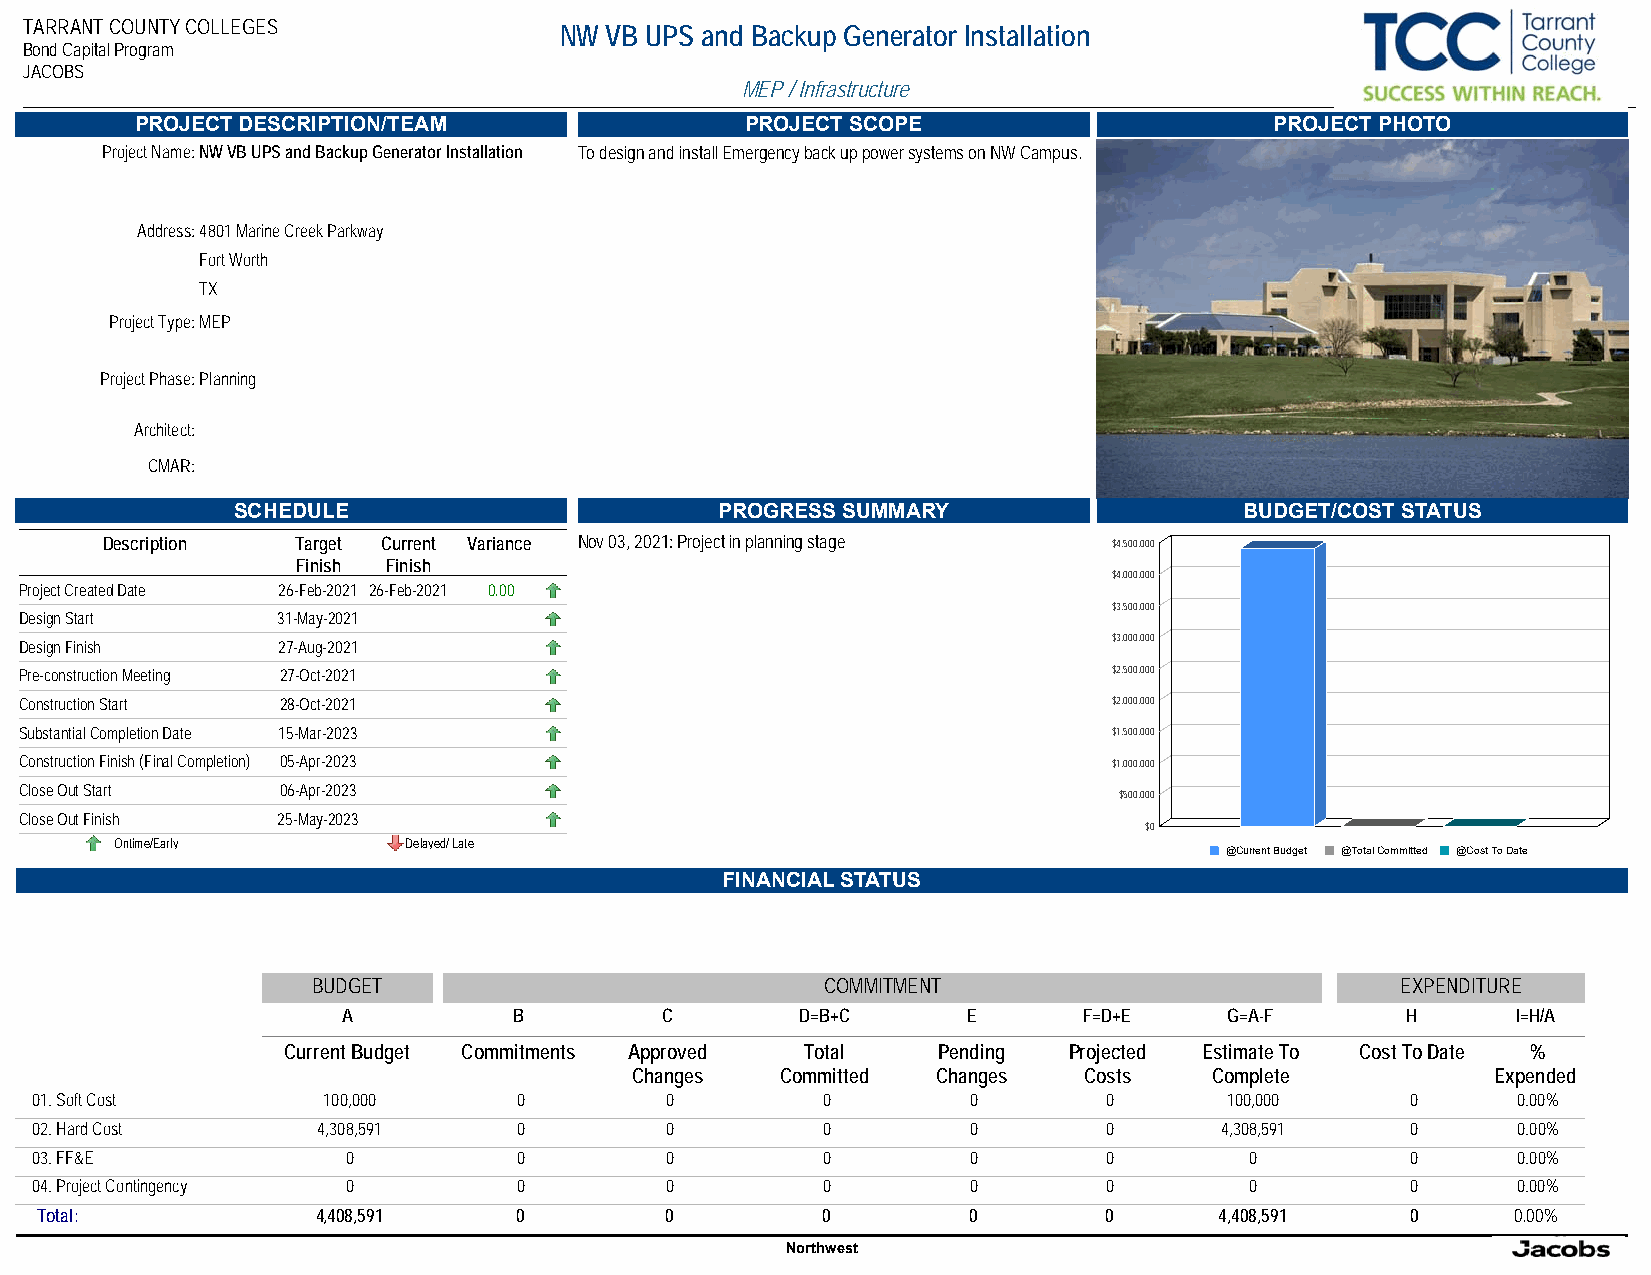
TARRANT COUNTY COLLEGES            NW VB UPS and Backup Generator Installation
 Bond Capital Program
 JACOBS
 MEP / Infrastructure
 PROJECT DESCRIPTION/TEAM                PROJECT SCOPE                      PROJECT PHOTO
 Project Name:NW VB UPS and Backup Generator Installation To design and install Emergency back up power systems on NW Campus.
 Address:4801 Marine Creek Parkway
 Fort Worth
 TX
 Project Type:MEP
 Project Phase:Planning
 Architect:
 CMAR:
 SCHEDULE                        PROGRESS SUMMARY                   BUDGET/COST STATUS
 Description  Target Current Variance Nov 03, 2021: Project in planning stage $4,500,000
 Finish Finish
 $4,000,000
 Project Created Date 26-Feb-2021 26-Feb-2021 0.00
 $3,500,000
 Design Start     31-May-2021
 $3,000,000
 Design Finish    27-Aug-2021
 Pre-construction Meeting 27-Oct-2021                                     $2,500,000
 Construction Start 28-Oct-2021                                           $2,000,000
 Substantial Completion Date 15-Mar-2023                                  $1,500,000
 Construction Finish (Final Completion) 05-Apr-2023                       $1,000,000
 Close Out Start   06-Apr-2023
 $500,000
 Close Out Finish 25-May-2023
 $0
 Ontime/Early       Delayed/ Late
 @Current Budget @Total Committed @Cost To Date
 FINANCIAL STATUS
 BUDGET                           COMMITMENT                             EXPENDITURE
 A          B         C        D=B+C      E       F=D+E    G=A-F       H      I=H/A
 Current Budget Commitments Approved Total  Pending  Projected Estimate To Cost To Date %
 Changes   Committed Changes   Costs   Complete           Expended
 01. Soft Cost      100,000      0         0         0         0        0       100,000     0      0.00%
 02. Hard Cost      4,308,591    0         0         0         0        0       4,308,591   0      0.00%
 03. FF&E             0          0         0         0         0        0         0         0      0.00%
 04. Project Contingency 0       0         0         0         0        0         0         0      0.00%
 Total:             4,408,591    0         0         0         0        0       4,408,591   0      0.00%
 Northwest